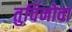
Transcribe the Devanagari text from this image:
तुर्चिनोवा